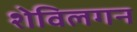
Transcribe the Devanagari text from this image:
शेविलगन